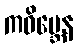
ကဝိမ္ဘေန